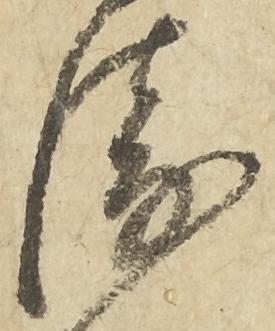
衛